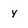
Character: y